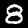
Label: 8